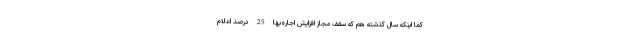
کما اینکه سال گذشته هم که سقف مجاز افزایش اجاره‌بها 25 درصد اعلام